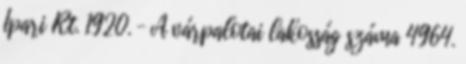
Ipari Rt. 1920. – A várpalotai lakosság száma 4964.